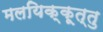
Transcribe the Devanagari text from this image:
मलयिक्कूत्तु